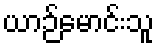
ယာဉ်မောင်းသူ